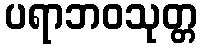
ပရာဘဝသုတ္တ